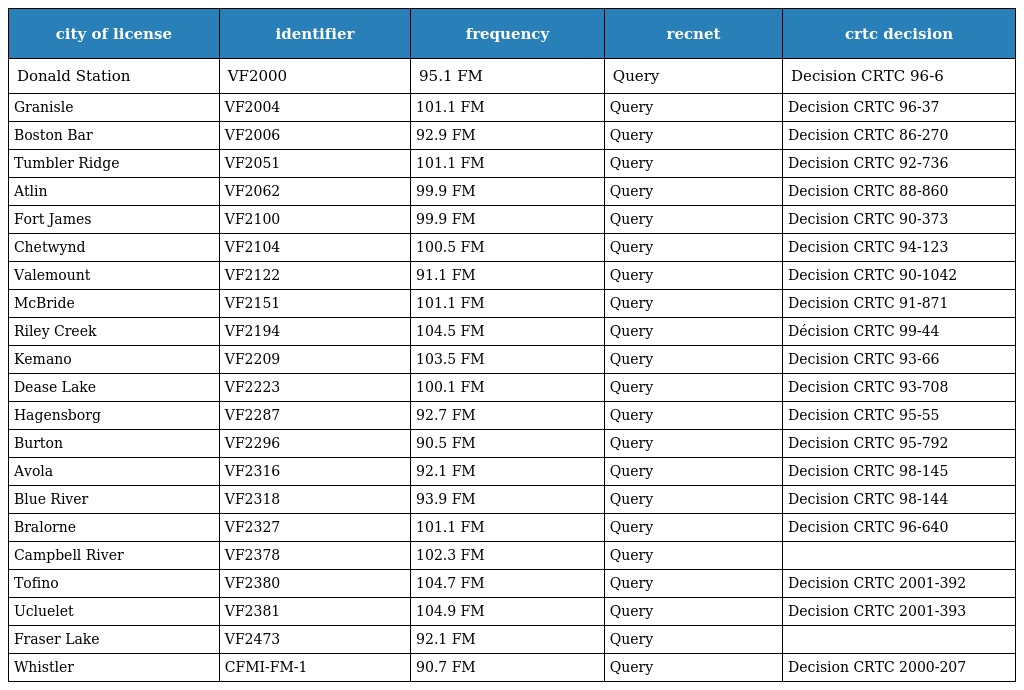
| city of license | identifier | frequency | recnet | crtc decision |
 | --- | --- | --- | --- | --- |
 | Donald Station | VF2000 | 95.1 FM | Query | Decision CRTC 96-6 |
 | Granisle | VF2004 | 101.1 FM | Query | Decision CRTC 96-37 |
 | Boston Bar | VF2006 | 92.9 FM | Query | Decision CRTC 86-270 |
 | Tumbler Ridge | VF2051 | 101.1 FM | Query | Decision CRTC 92-736 |
 | Atlin | VF2062 | 99.9 FM | Query | Decision CRTC 88-860 |
 | Fort James | VF2100 | 99.9 FM | Query | Decision CRTC 90-373 |
 | Chetwynd | VF2104 | 100.5 FM | Query | Decision CRTC 94-123 |
 | Valemount | VF2122 | 91.1 FM | Query | Decision CRTC 90-1042 |
 | McBride | VF2151 | 101.1 FM | Query | Decision CRTC 91-871 |
 | Riley Creek | VF2194 | 104.5 FM | Query | Décision CRTC 99-44 |
 | Kemano | VF2209 | 103.5 FM | Query | Decision CRTC 93-66 |
 | Dease Lake | VF2223 | 100.1 FM | Query | Decision CRTC 93-708 |
 | Hagensborg | VF2287 | 92.7 FM | Query | Decision CRTC 95-55 |
 | Burton | VF2296 | 90.5 FM | Query | Decision CRTC 95-792 |
 | Avola | VF2316 | 92.1 FM | Query | Decision CRTC 98-145 |
 | Blue River | VF2318 | 93.9 FM | Query | Decision CRTC 98-144 |
 | Bralorne | VF2327 | 101.1 FM | Query | Decision CRTC 96-640 |
 | Campbell River | VF2378 | 102.3 FM | Query |  |
 | Tofino | VF2380 | 104.7 FM | Query | Decision CRTC 2001-392 |
 | Ucluelet | VF2381 | 104.9 FM | Query | Decision CRTC 2001-393 |
 | Fraser Lake | VF2473 | 92.1 FM | Query |  |
 | Whistler | CFMI-FM-1 | 90.7 FM | Query | Decision CRTC 2000-207 |